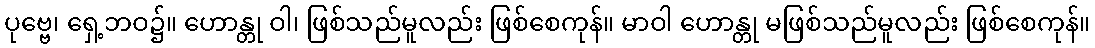
ပုဗ္ဗေ၊ ရှေ့ဘဝ၌။ ဟောန္တု ဝါ၊ ဖြစ်သည်မူလည်း ဖြစ်စေကုန်။ မာဝါ ဟောန္တု မဖြစ်သည်မူလည်း ဖြစ်စေကုန်။